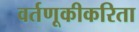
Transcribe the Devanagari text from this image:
वर्तणूकीकरिता